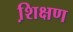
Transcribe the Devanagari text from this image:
शि़क्षण